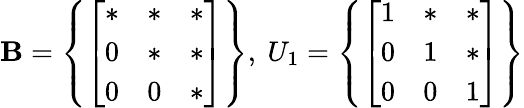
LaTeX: \mathbf{B}=\left\{ {\left[\begin{array}{lll}{*}&{*}&{*}\\ {0}&{*}&{*}\\ {0}&{0}&{*}\end{array}\right]}\right\} ,{\mathrm{{~}}}U_{1}=\left\{ {\left[\begin{array}{lll}{1}&{*}&{*}\\ {0}&{1}&{*}\\ {0}&{0}&{1}\end{array}\right]}\right\}